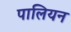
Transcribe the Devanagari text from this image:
पालियन